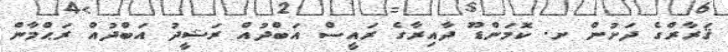
ޤަރާރްގެ ދަށުން ށ. ކޮމަންޑޫ ދާއިރާގެ ރައީސް އަބްދުއް ރަޝީދު އަބްދުއް ރަޙްމާން